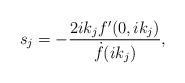
LaTeX: \begin{align*}s_j = - \frac{2ik_j f'(0, ik_j)}{\dot{f}(ik_j)},\end{align*}